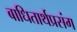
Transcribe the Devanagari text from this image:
बाधितार्थप्रसंग